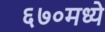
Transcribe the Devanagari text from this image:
६७०मध्ये